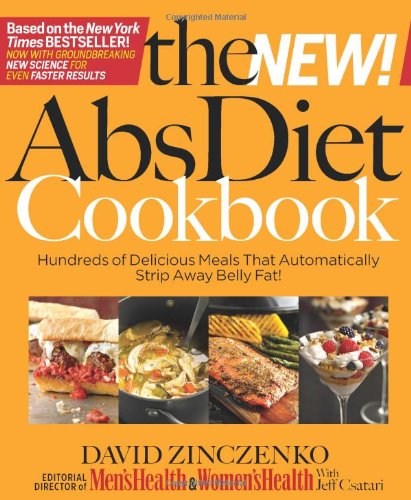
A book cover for The New Abs Diet Cookbook: Hundreds of Delicious Meals That Automatically Strip Away Belly Fat!; David Zinczenko; Cookbooks, Food & Wine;